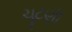
ચૂટણી